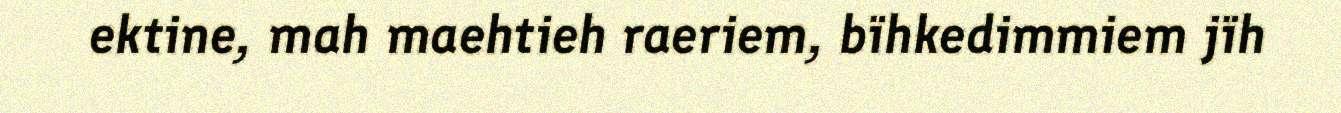
ektine, mah maehtieh raeriem, bïhkedimmiem jïh